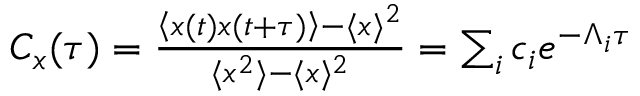
\begin{array} { r } { C _ { x } ( \tau ) = \frac { \left\langle x ( t ) x ( t + \tau ) \right\rangle - \langle x \rangle ^ { 2 } } { \langle x ^ { 2 } \rangle - \langle x \rangle ^ { 2 } } = \sum _ { i } c _ { i } e ^ { - \Lambda _ { i } \tau } } \end{array}